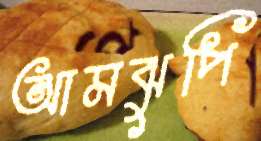
আমঝুপি